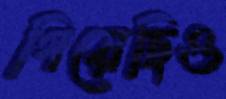
গিয়েছিও